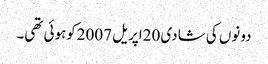
دونوں کی شادی 20اپریل 2007کوہوئی تھی۔